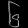
Digit: ၆